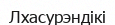
Лхасурэндікі